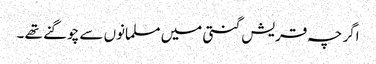
اگر چہ قریش گنتی میں مسلمانوں سے چوگنے تھے ۔